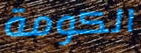
الكومة